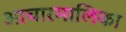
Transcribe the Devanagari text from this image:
आचारमालिका